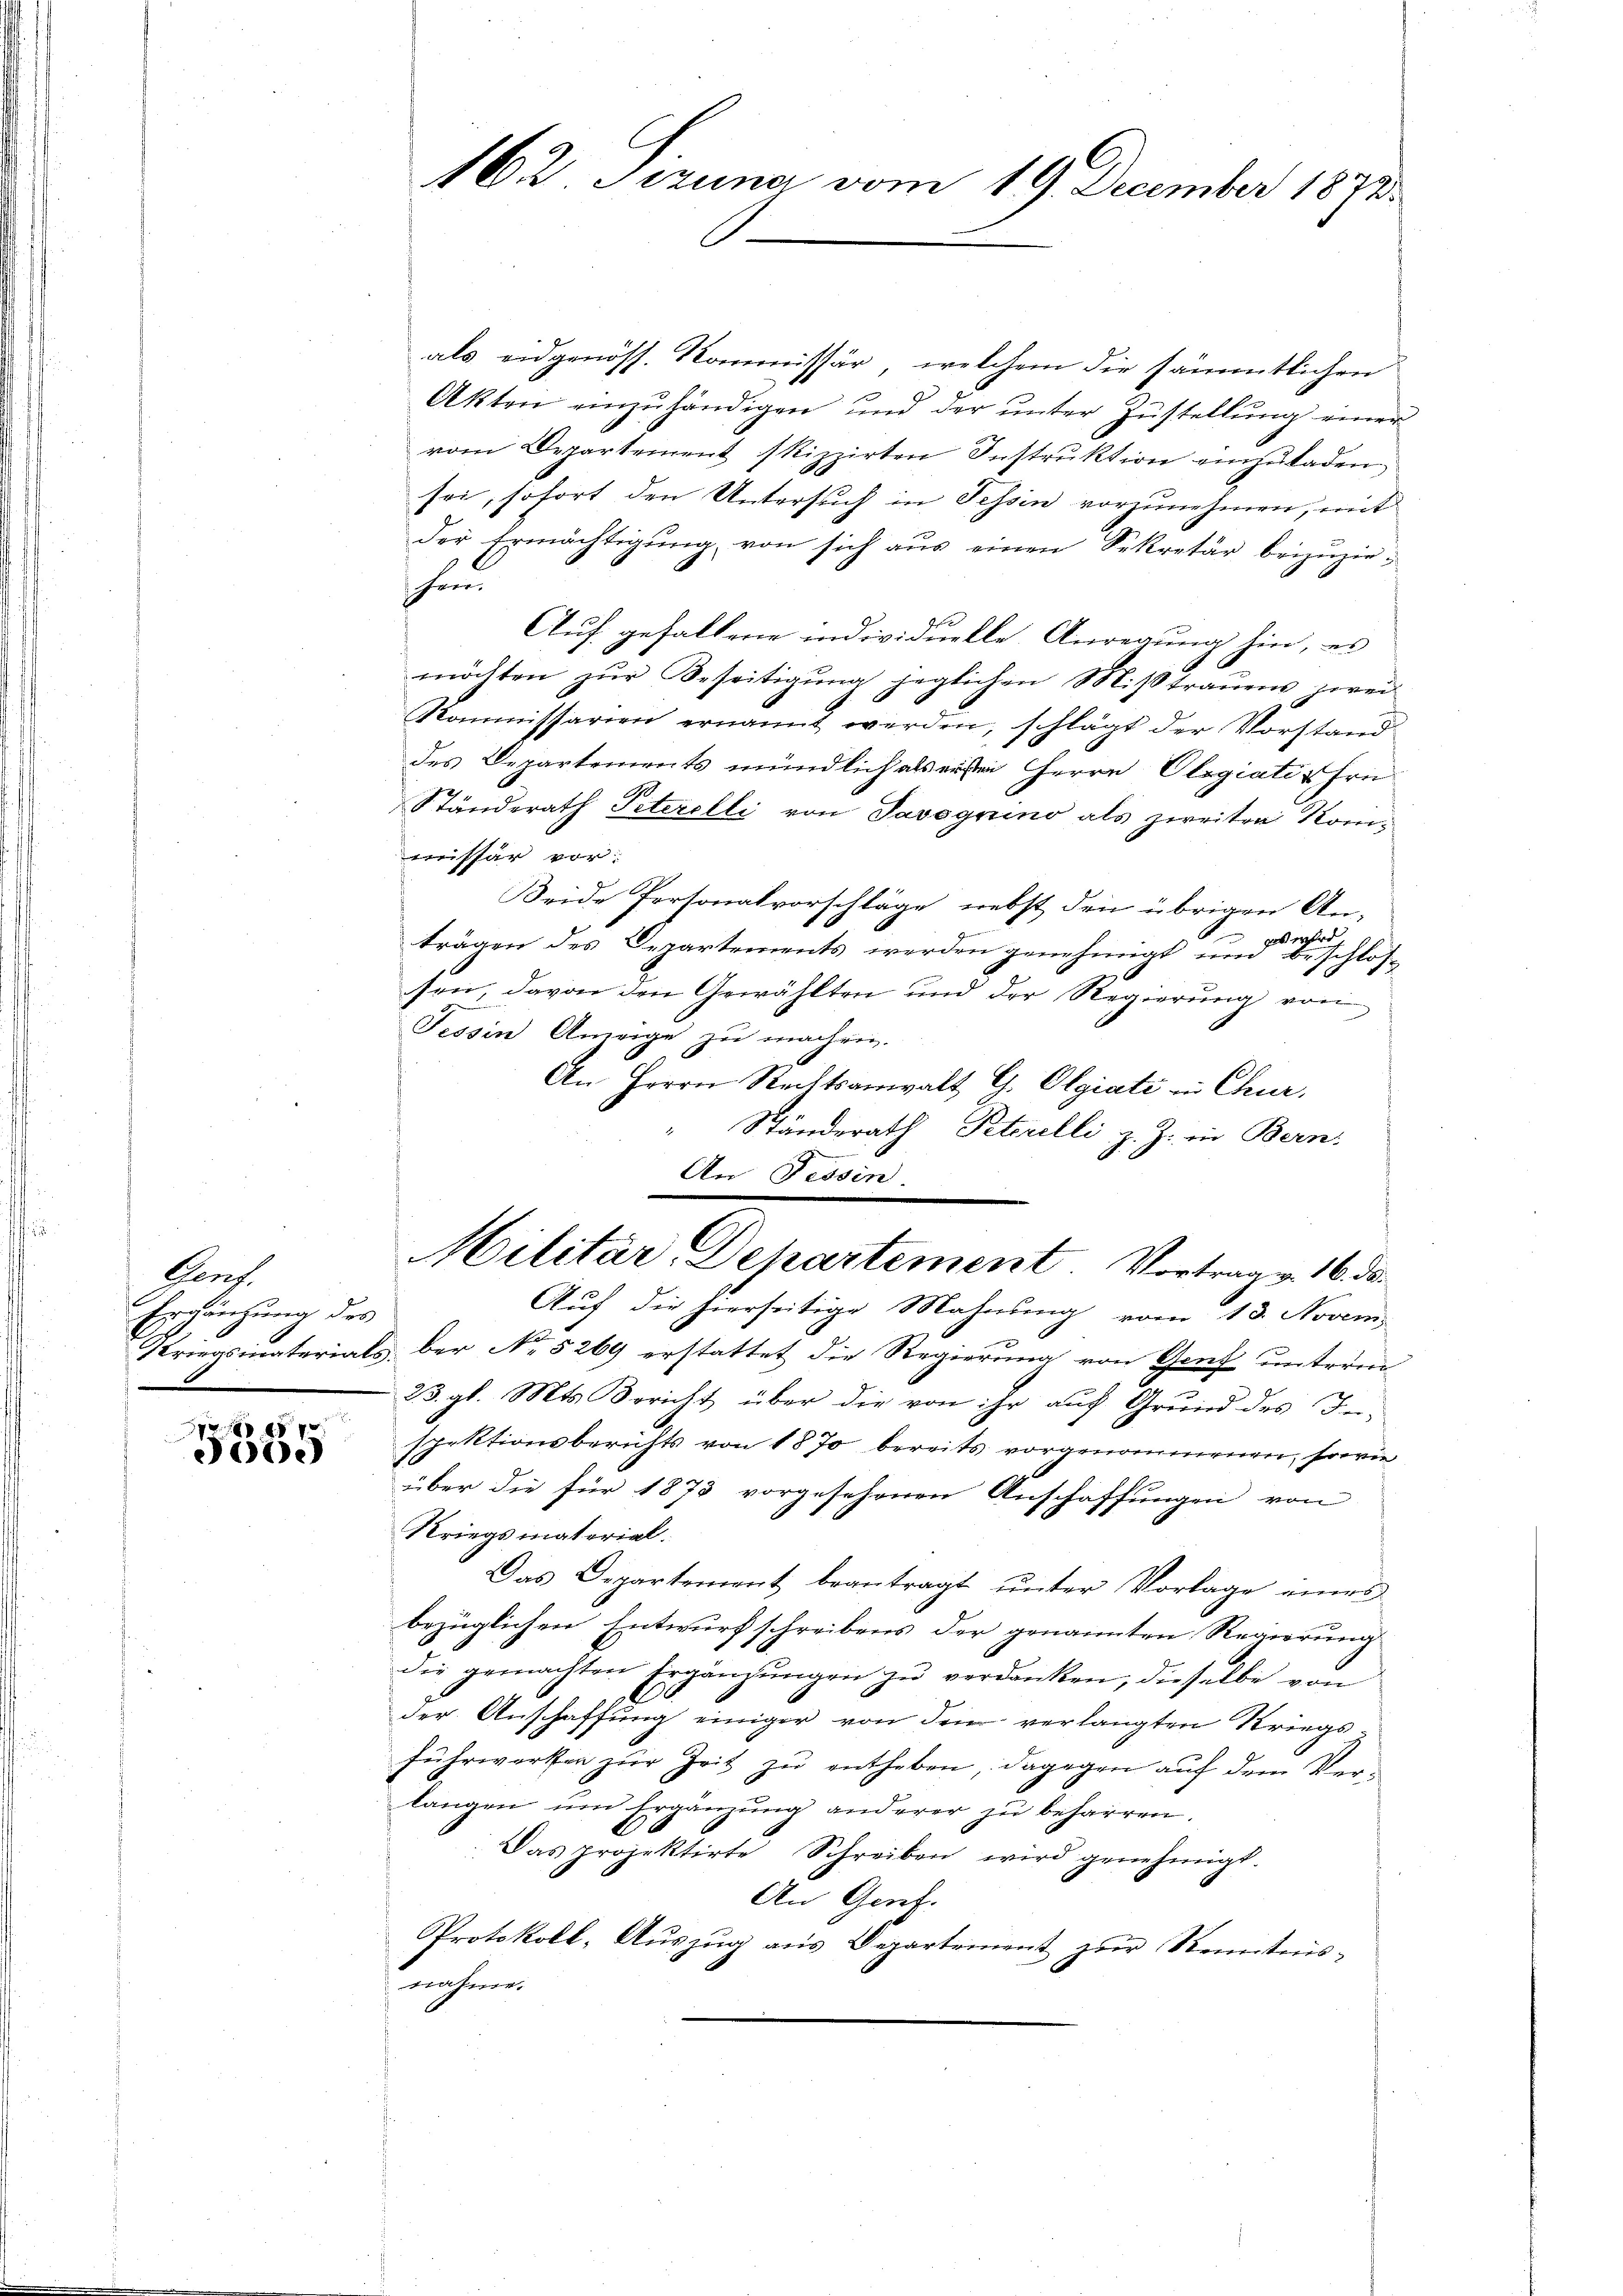
Gonf
Erhängung des

8 xx
J)

162 Sezuna vom 19. December 1873.

als eidgenöss. Kommissär, welchem die sämmtlichen
Akten einzŭhändigen und der ŭnter Zŭstellŭng einer
vom Departement skizzirten Instrŭktion einzŭladen.
sei, sofort den Untersuch in Tessin vorzunehmen, mit
der Ermächtigŭng von sich aŭs einen Sekretär beizŭziehun
Auf gefallene individuelle Anregung hin, es
möchten zŭr Beseitigŭng jeglichen Mißtraŭens zwei
Kommissarien ernannt werden, schlägt der Vorstand
des Departements mündlich als ersten Herrn Olegiatischen
Ständerath Peterelli von Saveguino als zweiten Kommissär vor:
Seide Personalvorschläge, nebst den übrigen An-
2
Es wird
trägen des Departements werden genehmigt und beschlossen, davon den Gewählten und der Regierung von
Tessin Anzeige zu machen.
An Herrn Rechtsanwalt G. Olgiati in Chur,
" Ständerath Peterielli z. Z. in Bern.
An Tessin.

Militär-Departement. Vortrag v. 16. ds.
Auf die hierseitige Mahnung vom 18. Novem

Kriegsmaterials bei No 5269 erstattet die Regierung von Genf untern
23. gl. Mts. Bericht über die von ihr auf Grund des In-
spektionsberichts von 1870 bereits vorgenommenen, sowie
über die für 1873 vorgesehenen Anschaffungen von
Kriegsmaterial.
Das Departement beantragt unter Vorlage eines
bezüglichen Entwurf schreibens der genannten Regierung
dir gemachten Ergänzungen zu verdanken, dieselbe von
der Anschaffung einiger von den verlangten Kriegs
fŭhrworten zŭr Zeit zŭ entheben, dagegen auf dem Verlangen ŭm Ergänzung anderer zu beharren.
Das projektirte Schreiben wird genehmigt.
An Gent.
Protokoll, Aŭszŭg aŭs Departement zŭr Kenntnis-
mehrer